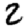
Digit: 2